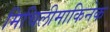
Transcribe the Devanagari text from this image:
मिचिलीमाकिनेक